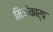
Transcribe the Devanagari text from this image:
मिजोकार्प